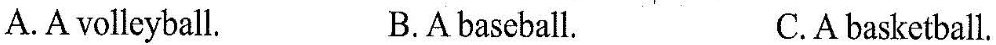
A. A volleyball.